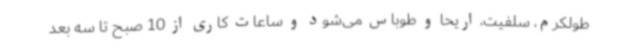
طولکرم، سلفیت، اریحا و طوباس می‌شود و ساعات کاری از 10 صبح تا سه بعد